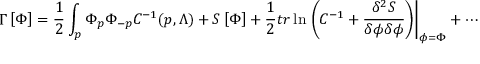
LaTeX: \Gamma \left[ \Phi \right] = \frac { 1 } { 2 } \int _ { p } \Phi _ { p } \Phi _ { - p } C ^ { - 1 } ( p , \Lambda ) + S \left[ \Phi \right] + \frac { 1 } { 2 } { t r } \ln \left. \left( C ^ { - 1 } + \frac { \delta ^ { 2 } S } { \delta \phi \delta \phi } \right) \right| _ { \phi = \Phi } + \cdots